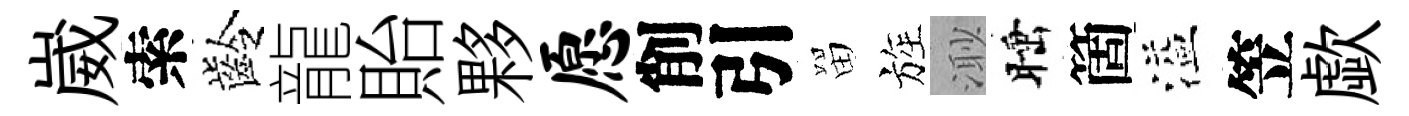
崴索齡龍貽夥愿削引㽞旌𣺌睡箇溢笠歔